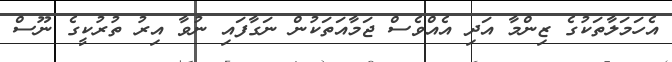
އެހަމަލާތަކުގެ ޒިންމާ އަދި އެއްވެސް ޖަމާއަތަކުން ނަގާފައި ނުވާ އިރު ތުރުކީގެ ނޫސް